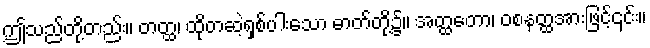
ဤသည်တို့တည်း။ တတ္ထ၊ ထိုတဆဲ့ရှစ်ပါးသော ဓာတ်တို့၌။ အတ္ထတော၊ ဝစနတ္ထအားဖြင့်၎င်း။